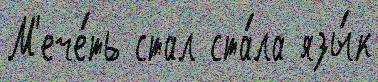
М'ече́ть стал ста́ла язы́к